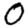
Digit: 0